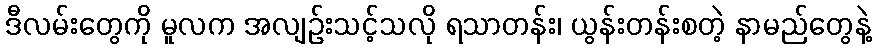
ဒီလမ်းတွေကို မူလက အလျဉ်းသင့်သလို ရသာတန်း၊ ယွန်းတန်းစတဲ့ နာမည်တွေနဲ့